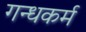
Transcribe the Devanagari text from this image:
गन्धकर्म